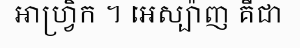
អាហ្វ្រិក ។ អេស្ប៉ាញ គឺជា